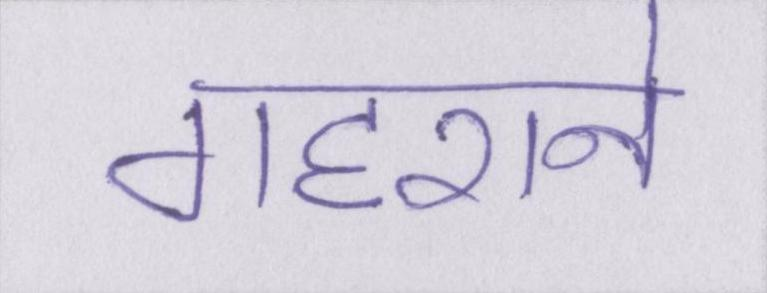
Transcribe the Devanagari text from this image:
गहराने